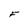
Character: F